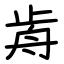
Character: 歬